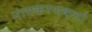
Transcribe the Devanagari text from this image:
नामकरणकर्त्ता